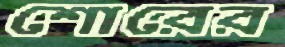
শোরের